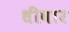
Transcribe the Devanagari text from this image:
धीवार